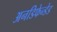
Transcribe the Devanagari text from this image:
अनडिफेन्डेड